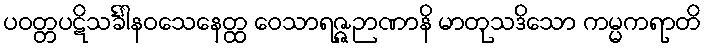
ပဝတ္တပဋိသင်္ခါနဝသေနေတ္ထ ဝေသာရဇ္ဇဉာဏာနိ မာတုသဒိသော ကမ္မကရာတိ